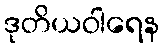
ဒုတိယဝါရေန